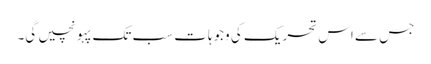
جس سے اس تحریک کی وجوہات سب تک پہونچیں گی۔